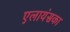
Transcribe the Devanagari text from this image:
एलायंसका